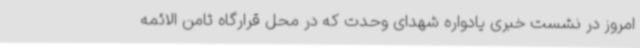
امروز در نشست خبری یادواره شهدای وحدت که در محل قرارگاه ثامن الائمه